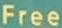
Free